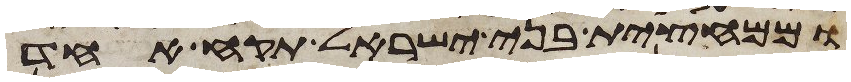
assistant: וממחצית בני ישראל תקח אחד